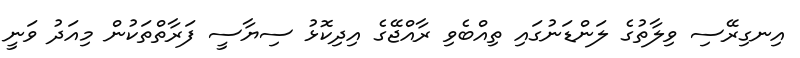
އިނގިރޭސި ވިލާތުގެ ލަންޑަނުގައި ތިއްބެވި ރާއްޖޭގެ އިދިކޮޅު ސިޔާސީ ފަރާތްތަކުން މިއަދު ވަނީ